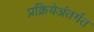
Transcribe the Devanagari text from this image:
प्रक्रियेअंतर्गत